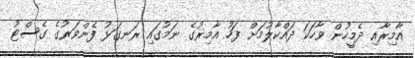
އާމިރާއި ދެމީހުން ވާހަކަ ދައްކާލުމަށް ފަހު އާމިރުގެ ނަމުގައި ރަނގަޅު ފެންވަރުގެ ގެސްޓު